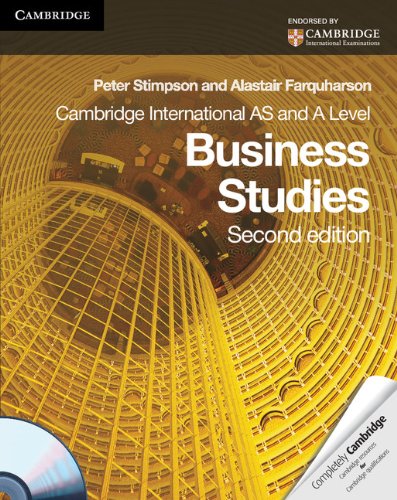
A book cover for Cambridge International AS and A Level Business Studies Coursebook with CD-ROM (Cambridge International Examinations); Peter Stimpson; Children's Books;